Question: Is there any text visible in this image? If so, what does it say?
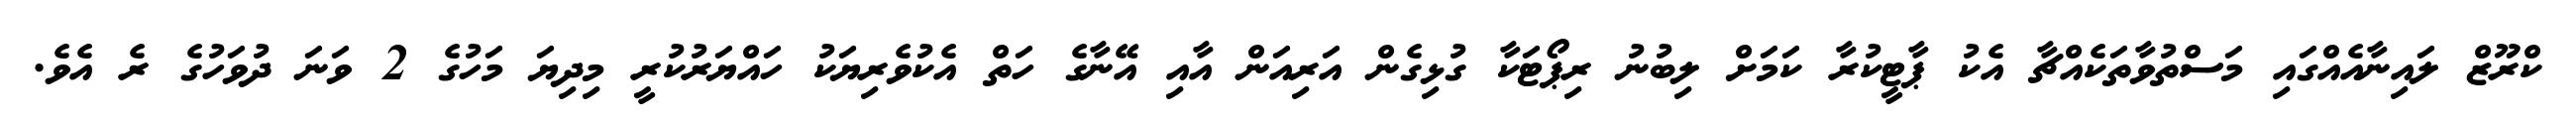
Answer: ކްރޫޒް ލައިނާއެއްގައި މަސްތުވާތަކެއްޗާ އެކު ޕާޓީކުރާ ކަމަށް ލިބުނު ރިޕޯޓަކާ ގުޅިގެން އަރިއަން އާއި އޭނާގެ ހަތް އެކުވެރިޔަކު ހައްޔަރުކުރީ މިދިޔަ މަހުގެ 2 ވަނަ ދުވަހުގެ ރެ އެވެ.